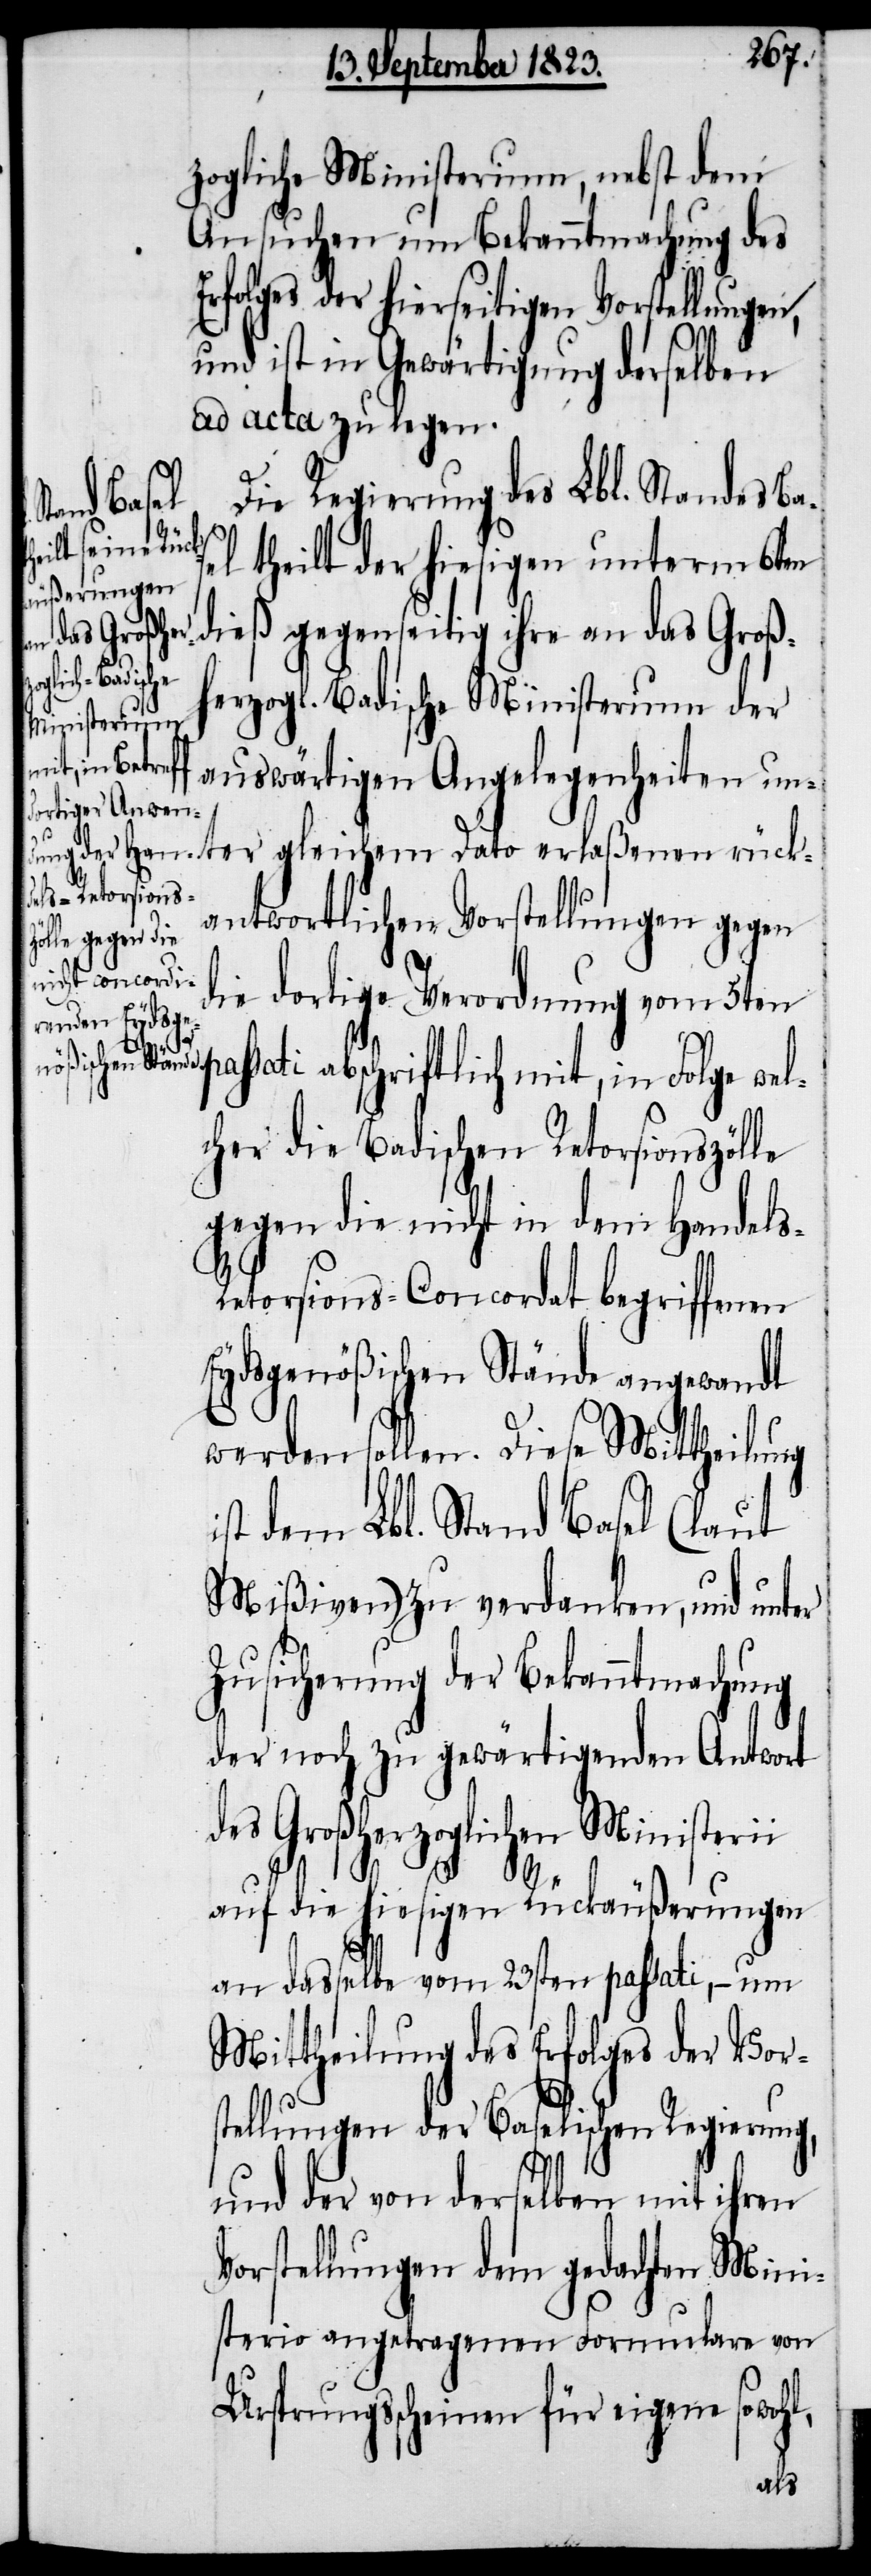
zogliche Ministerium, nebst dem
Ansuchen um Bekanntmachung des
folges der hierseitigen Vorstellungen,
und ist in Gewärtigung derselben
ad acta zu legen.
Die Regierung des Lbl. Standes Ba¬
erlaßenen rück¬
el theilt der hiesigen unterm 6ten
dieß gegenseitig ihre an das Großh¬
gleichem
erzogl. Badische Ministerium der
auswärtigen Angelegenheiten unter
s-R¬
antwortlichen Vorstellungen gegen
die dortige Verordnung vom 5ten
ssati abschriftlich mit, in Folge wel¬
cher die Badischen Retorsionszölle
gegen die nicht in dem Handel¬
etorsions-Concordat begriffenen
Eydsgenößischen Stände angewandt
werden sollen. Diese Mittheilung
ist dem Lbl. Stand Basel (laut
Mißiven) zu verdanken, und unter
Zusicherung der Bekanntmachung
der noch zu gewärtigenden Antwort
des Großherzoglichen Ministerii
auf die hiesigen Rückäußerungen
an dasselbe vom 23sten passati, − um
Mittheilung des Erfolges der Vor¬
stellungen der Baselischen Regierung,
und der von derselben mit ihren
Vorstellungen dem gedachten Mini¬
sterio angetragenen Formulare von
Ursprungsscheinen für eigene sowohl,